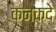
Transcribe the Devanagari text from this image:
कनकदे